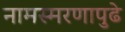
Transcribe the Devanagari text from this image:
नामस्मरणापुढे